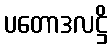
ပတောဒလဋ္ဌိ